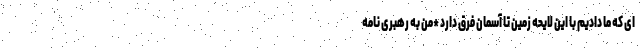
ای که ما دادیم با این لایحه زمین تا آسمان فرق دارد *من به رهبری نامه